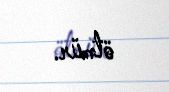
ötmür.